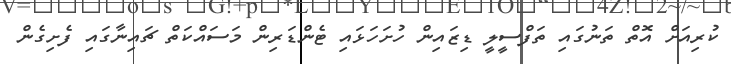
ކުރިއަށް އޮތް ތަނުގައި ތަފްސީލީ ޑިޒައިން ހުށަހަޅައި ޓެންޑަރިން މަސައްކަތް ޗައިނާގައި ފެށިގެން